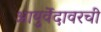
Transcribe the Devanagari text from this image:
आयुर्वेदावरची